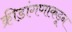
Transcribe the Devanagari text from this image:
क्रीडांगणाकडून